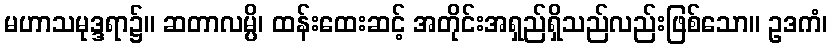
မဟာသမုဒ္ဒရာ၌။ ဆတာလမ္ပိ၊ ထန်းထေးဆင့် အတိုင်းအရှည်ရှိသည်လည်းဖြစ်သော။ ဥဒကံ၊